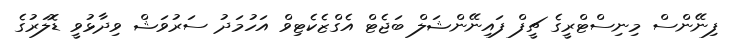
ފިނޭންސް މިނިސްޓްރީގެ ޗީފް ފައިނޭންޝަލް ބަޖެޓް އެގްޒެކެޓިވް އަހުމަދު ސަރުވަޝް ވިދާޅުވީ ޑޮލަރުގެ